Annual report on the mental hospital in the Central Provinces and Berar (Nagpur) - 1927-1951
Year: 1927
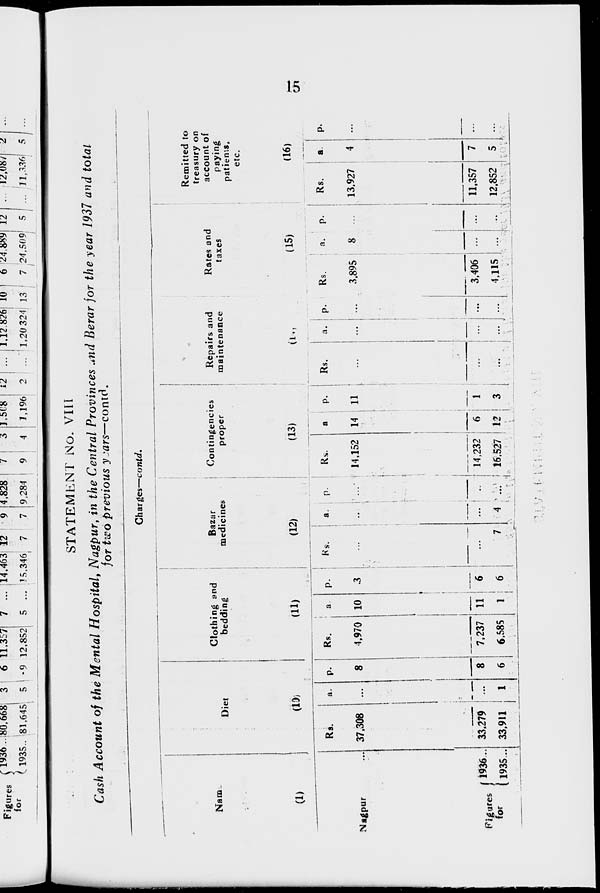
15
STATEMENT No. VIII
Cash Account of the Mental Hospital, Nagpur, in the Central Provinces and Berar for the year 1937 and total
for two previous years—contd.
Charges—contd.
Name
(1)
Nagpur ...
Figures
for
1936 ...
1935 ...
Diet
(10)
Rs.
37,308
33,279
33,911
a.
...
...
1
p.
8
8
6
Clothing and
bedding
(11)
Rs.
4,970
7,237
6,585
a.
10
11
1
p.
3
6
6
Bazar
medicines
(12)
Rs.
...
...
7
a.
...
...
4
p.
...
...
...
Contingencies
proper
(13)
Rs.
14,152
14,232
16,527
a.
14
6
12
p.
11
1
3
Repairs and
maintenance
(14)
Rs.
...
...
...
a.
...
...
...
p.
...
...
...
Rates and
taxes
(15)
Rs.
3,895
3,406
4,115
a.
8
...
...
p.
...
...
...
Remitted to
treasury on
account of
paying
patients,
etc.
(16)
Rs.
13,927
11,357
12,852
a.
4
7
5
p.
...
...
...